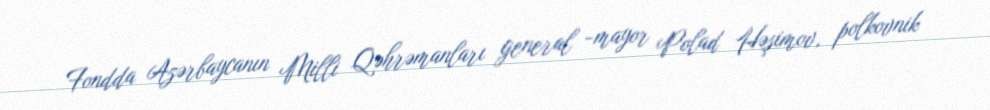
Fondda Azərbaycanın Milli Qəhrəmanları general -mayor Polad Həşimov, polkovnik